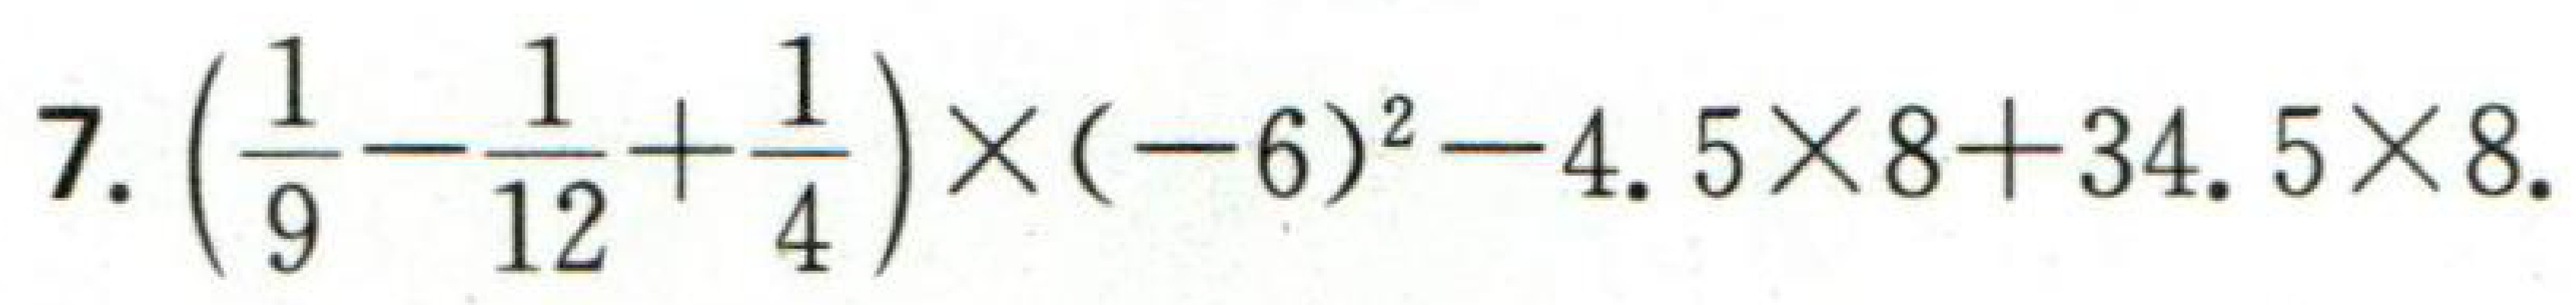
7. \(\left(\frac{1}{9}-\frac{1}{12}+\frac{1}{4}\right)\times(-6)^{2}-4.5\times8 + 34.5\times8\).